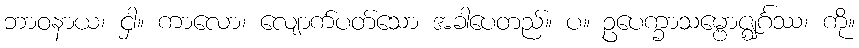
ဘာဝနာယ၊ ငှါ။ ကာလော၊ လျောက်ပတ်သော အခါပေတည်။ ပ။ ဥပေက္ခာသမ္ဗောဇ္ဈင်္ဂဿ၊ ကို။